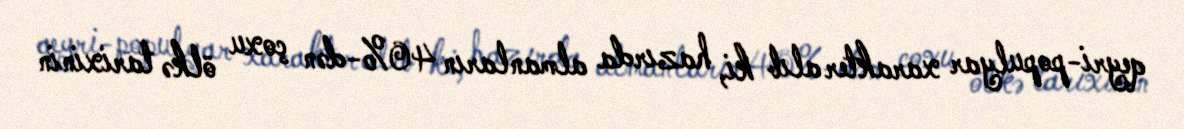
qeyri-populyar xarakter alıb ki, hazırda almanların 40%-dən çoxu ölkə tarixinin